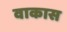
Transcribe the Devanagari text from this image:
वाकास